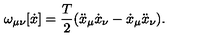
\omega _ { \mu \nu } [ \dot { x } ] = \frac { T } { 2 } ( \ddot { x } _ { \mu } \dot { x } _ { \nu } - \dot { x } _ { \mu } \ddot { x } _ { \nu } ) .